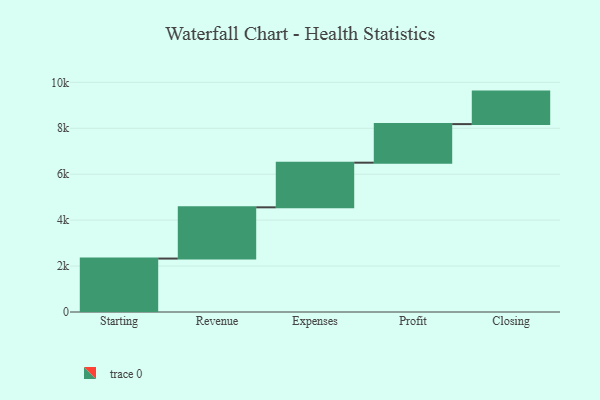
{"axis": {"x": "Step", "y": "Value"}, "legend": [""], "data": [{"x": "Starting", "y": 2327.0, "type": ""}, {"x": "Revenue", "y": 2231.0, "type": ""}, {"x": "Expenses", "y": 1944.0, "type": ""}, {"x": "Profit", "y": 1680.0, "type": ""}, {"x": "Closing", "y": 1415.0, "type": ""}]}